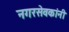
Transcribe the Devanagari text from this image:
नगरसेवकांनी